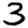
Digit: 3